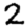
Digit: 2